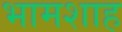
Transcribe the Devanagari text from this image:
भामशाह